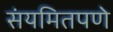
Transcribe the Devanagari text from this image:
संयमितपणे